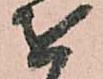
を